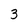
Character: 3